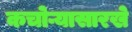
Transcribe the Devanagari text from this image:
कचोऱ्यासारखे